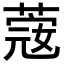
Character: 𦸅